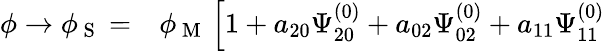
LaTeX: \begin{array}{rl}{\phi\to\phi_{\mathrm{~S~}}=}&{{}\phi_{\mathrm{~M~}}\left[1+a_{20}\Psi_{20}^{(0)}+a_{02}\Psi_{02}^{(0)}+a_{11}\Psi_{11}^{(0)}\right.}\end{array}